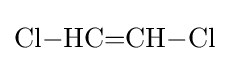
{\mathrm {Cl} {-}\mathrm {HC} {=}\mathrm {CH} {-}\mathrm {Cl} }